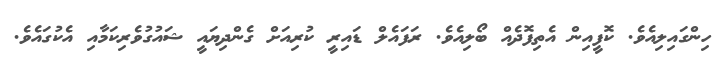
ހިންގައިލިއެވެ. ކޮފީއިން އެތިފޮދެއް ބޯލިއެވެ. ރަފައެލް ޑައިރީ ކުރިއަށް ގެންދިޔައީ ޝައުގުވެރިކަމާއި އެކުގައެވެ.